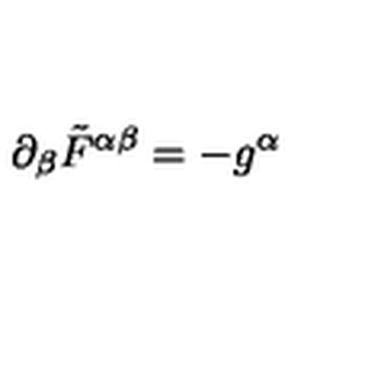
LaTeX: \partial _ { \beta } \tilde { F } ^ { \alpha \beta } = - g ^ { \alpha }